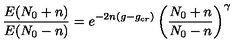
{ \frac { E ( N _ { 0 } + n ) } { E ( N _ { 0 } - n ) } } = e ^ { - 2 n ( g - g _ { c r } ) } \left( { \frac { N _ { 0 } + n } { N _ { 0 } - n } } \right) ^ { \gamma }